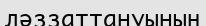
ләззаттануының